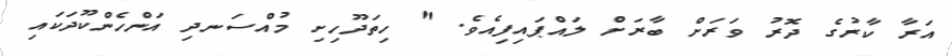
އަރާ ކާރުގެ ދޮރު ވަރަށް ބާރަށް ލައްޕައިފިއެވެ. " ހިތަދޫހިށި މުއްސަނދި އަންހެންކޫދަކައި